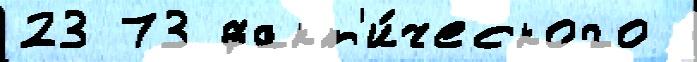
23 73 факт'и́ческого